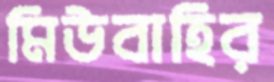
মিউবাহির